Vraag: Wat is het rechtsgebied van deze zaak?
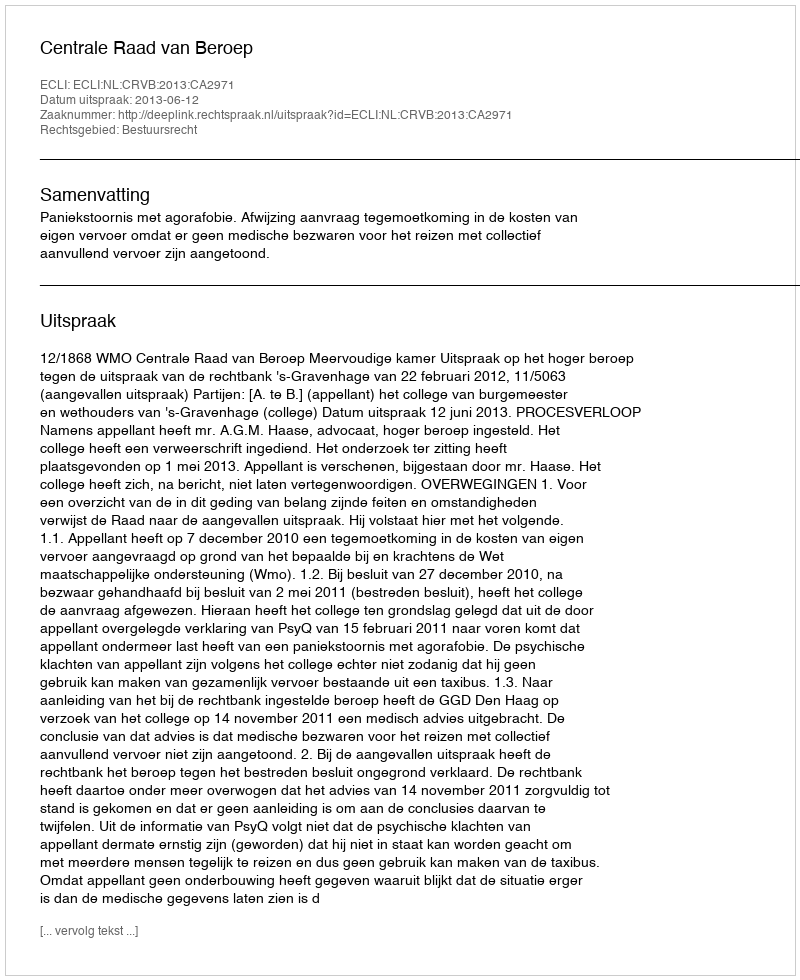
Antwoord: Bestuursrecht